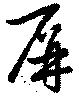
屏